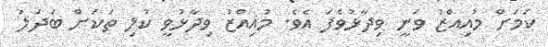
ކަމަށް މުއިއްޒު ވަނީ ވިދާޅުވެފަ އެވެ. މުއިއްޒު ވިދާޅުވީ ކުލި ތަކަށް ބަދަލު